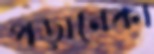
পড়ানেকা